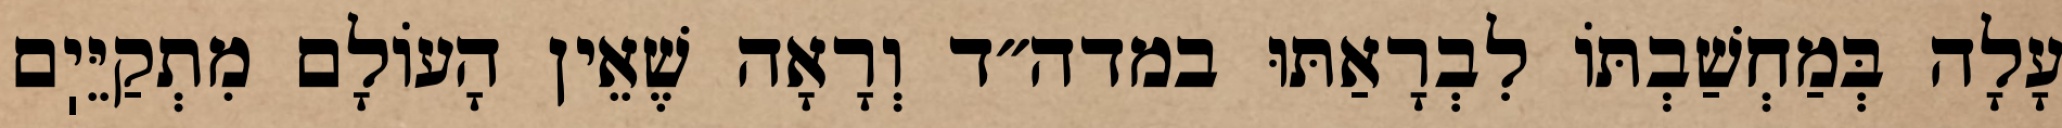
עָלָה בְּמַחְשַׁבְתּוֹ לִבְרָאַתּוּ במדה״ד וְרָאָה שֶׁאֵין הָעוֹלָם מִתְקַיֵּיֽם